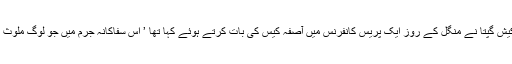
چیمبر آف کامرس اینڈ انڈسٹری کے صدر راکیش گپتا نے منگل کے روز ایک پریس کانفرنس میں آصفہ کیس کی بات کرتے ہوئے کہا تھا ’ اس سفاکانہ جرم میں جو لوگ ملوث ہیں، اُن کو کیفرکردار تک پہنچایا جانا چاہیے۔